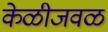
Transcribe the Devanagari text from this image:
केळीजवळ